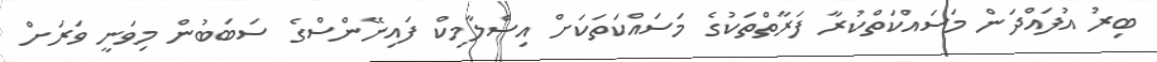
ބިރު އުފައްދަން މަސައްކަތްކުރާ ފަރާތްތަކުގެ މަސައްކަތަކަށް އިސްލާމިކް ފައިނޭންސްގެ ސަބަބުން މިވަނީ ވަރަށް